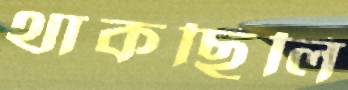
থাকছিলি